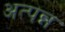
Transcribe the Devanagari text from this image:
अत्पन्न